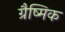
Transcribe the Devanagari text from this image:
ग्रैष्मिक